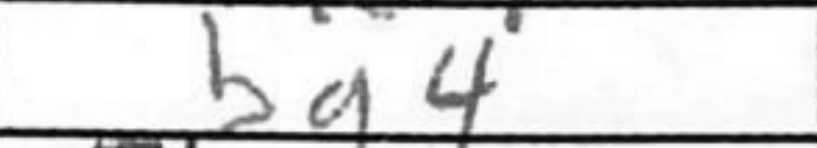
Transcription: bg4